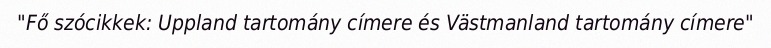
"Fő szócikkek: Uppland tartomány címere és Västmanland tartomány címere"